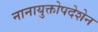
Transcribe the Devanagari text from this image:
नानायुक्तोपदेशेन